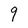
Character: 9